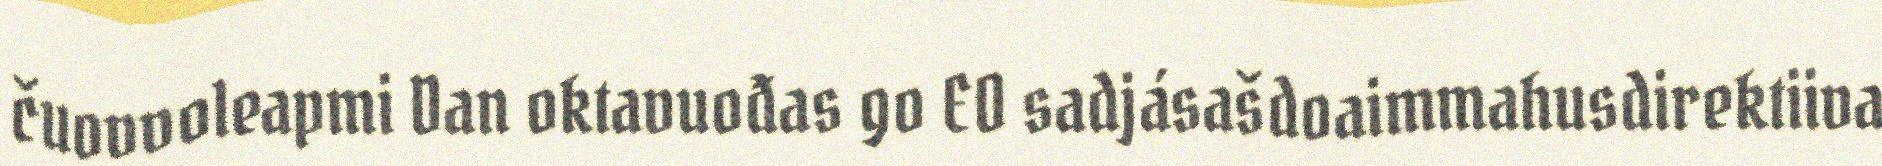
čuovvoleapmi Dan oktavuođas go EO sadjásašdoaimmahusdirektiiva